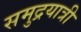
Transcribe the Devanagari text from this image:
समुद्रयात्री